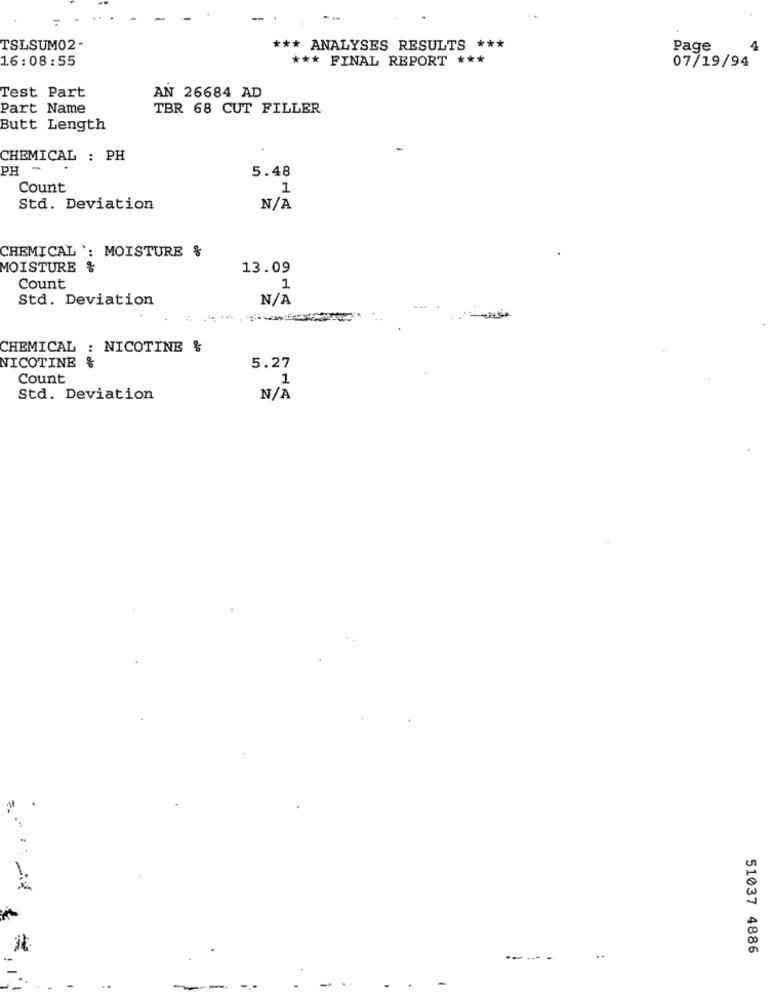
. ..
TSLSUM02 -
*** ANALYSES RESULTS ***
Page
4
16:08:55
*** FINAL REPORT ***
07/19/94
Test Part
AN 26684 AD
Part Name
TBR 68 CUT FILLER
Butt Length
CHEMICAL : PH
PH
-
5.48
Count
1
Std. Deviation
CHEMICAL ': MOISTURE &
MOISTURE &
13.09
Count
1
Std. Deviation
CHEMICAL : NICOTINE &
NICOTINE %
5.27
Count
1
Std. Deviation
51037 4886